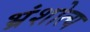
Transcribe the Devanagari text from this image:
भ्रंशोत्य